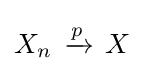
{\overset {}{X_{n}\,\xrightarrow {p} \,X}}